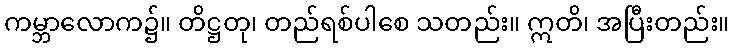
ကမ္ဘာလောက၌။ တိဋ္ဌတု၊ တည်ရစ်ပါစေ သတည်း။ ဣတိ၊ အပြီးတည်း။